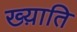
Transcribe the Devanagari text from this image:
ख्य़ाति